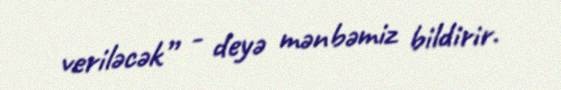
veriləcək” - deyə mənbəmiz bildirir.